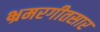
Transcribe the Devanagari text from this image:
भ्रमरगीतसार